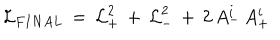
{ \cal L } _ { F I N A L } \, = \, { \cal L } _ { + } ^ { 2 } \, + \, { \cal L } _ { - } ^ { 2 } \, + \, 2 \, A _ { - } ^ { i } \, A _ { + } ^ { i }